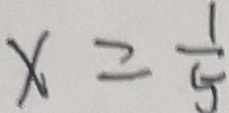
x = \frac { 1 } { 5 }